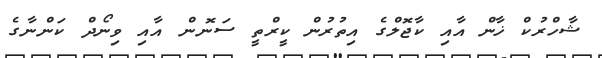
ޝާހްރުކް ޚާން އާއި ކާޖޮލްގެ އިތުރުން ކީރްތީ ސަނޮން އާއި ވިނޯދް ކަންނާގެ